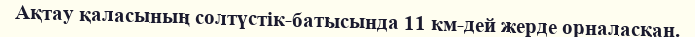
Ақтау қаласының солтүстік-батысында 11 км-дей жерде орналасқан.